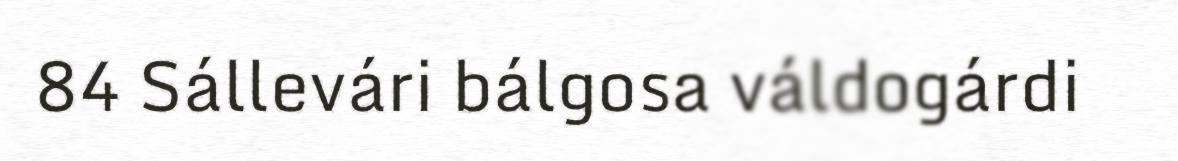
84 Sállevári bálgosa váldogárdi